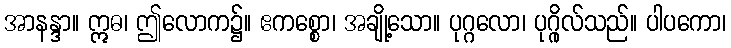
အာနန္ဒာ။ ဣဓ၊ ဤလောက၌။ ဧကစ္စော၊ အချို့သော။ ပုဂ္ဂလော၊ ပုဂ္ဂိုလ်သည်။ ပါပကော၊